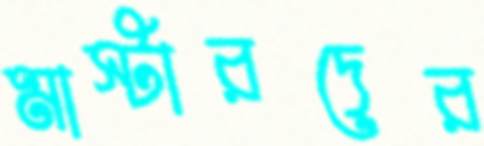
মাস্টারদের